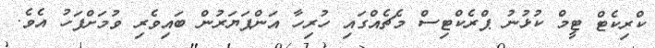
ކްރިކެޓް ޓީމް ކުޅުނު ޕްރެކްޓިސް މެޗެއްގައި ހުރިހާ އަންޕަޔަރުން ބައިވެރި ވުމަށްފަހު އެވެ.